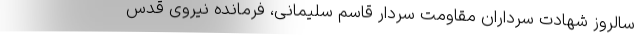
سالروز شهادت سرداران مقاومت سردار قاسم سلیمانی، فرمانده نیروی قدس